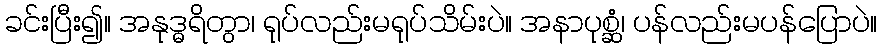
ခင်းပြီး၍။ အနုဒ္ဓရိတွာ၊ ရုပ်လည်းမရုပ်သိမ်းပဲ။ အနာပုစ္ဆံ၊ ပန်လည်းမပန်ပြောပဲ။